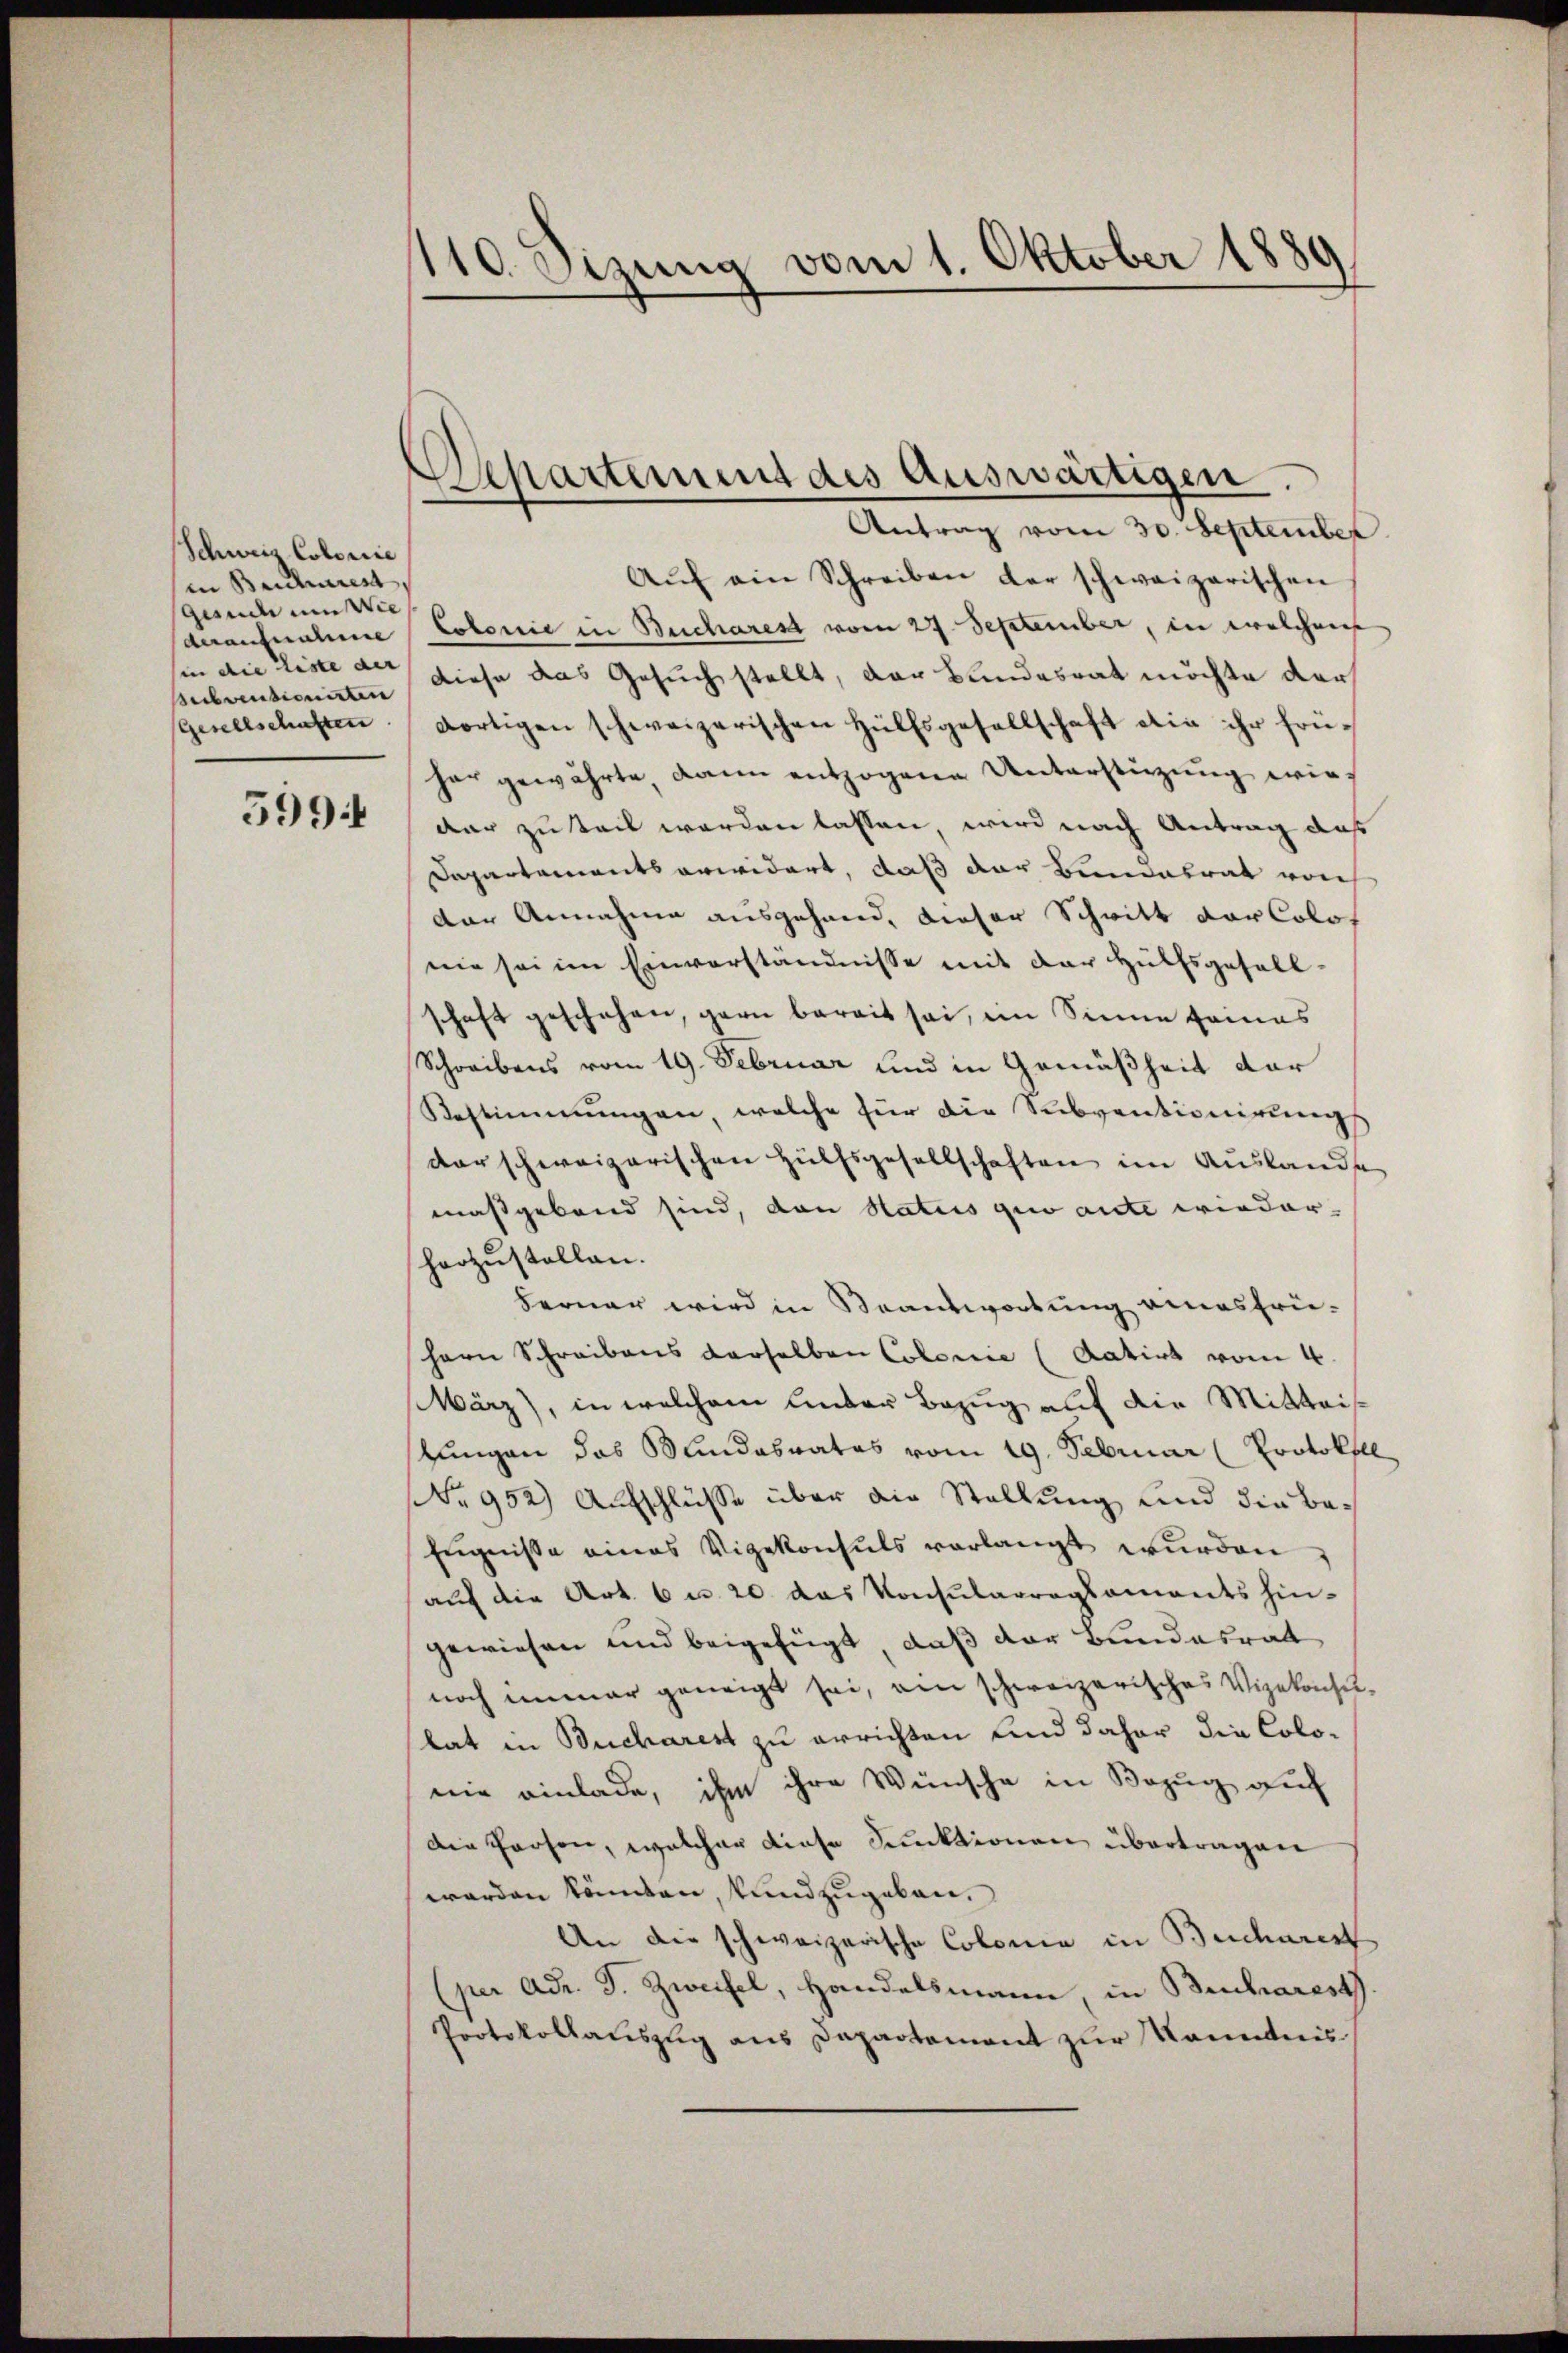
Schweiz. Colorie
in Berturest
geude um Wie
Subventionirten
(Gesellschaften

599.

110. Sizung vom 1. Oktober 1889
.

Departement des Auswärtigen.
Antrag vom 30. September

Aŭf ein Schreiben der schweizerischen
deraufnahme Colonie in Beicharest vom 27. September, in welchen
hin die Liste an diese das Gesuch stellt, der Bundesrat möchte der
dortigen schweizerischen Hülfsgesellschaft die ihr frühar gewährte dann entzogene Unterstüzung wir
dar zu teil werden lassen, wird nach Antrag daß
Departementsarwidert, daß der Bundesrat von
der Annahme ausgehand, dieser Schritt der Colos
nie sei im Einverständnisse mit der Hülfsgesell-
schaft geschehen, garn bereit sei, im Sinne feines
Schreibens vom 19. Februar und in Gemäßheit der
Bestimmungen, welche für die Subventionirungs
darschweizerischen Hülfsgesellschaften im Auslande
maßgebend sind, von Status gio aute wieder-
harzustellen.
Ferner wird in Beantwortung eines frühern Schreibens derselben Colorie (Aatirt vom 4.
März), in welchem Unter Bezug auf die Mitteisstungen das Bundesrates vom 19. Februar (Protokoll
Nr 952) Aufschlüsse über die Stellung und die Befugnisse eines Vigekonsuls vorlangt wurden
auf die Art. 6 u. 20 das Konsularregsaments hin-
gewiesen und beigefügt, daß der Bundesrat
noch immer geneigt sei, ein schweizerisches Vizekonsulat in Bucharest zu errichten und daher die Colonie einlade, ihm ihre Wünsche in Bezug auf
Die Person, welcher diese Funktionen übertragen
werden könnten, kund zugeben.
An die schweizerische Colonia in Bucharent
(per adr. J. Zweifel, Handelsmann, in Behares
Protokollauszug aus Departement zur Kenntnis